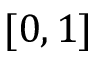
[ 0 , 1 ]